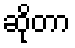
ဆိုတာ